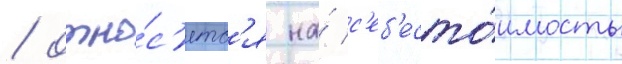
/ отно́с'итс'я на́ с'еб'есто́имость